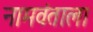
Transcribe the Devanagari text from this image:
नामवंताला